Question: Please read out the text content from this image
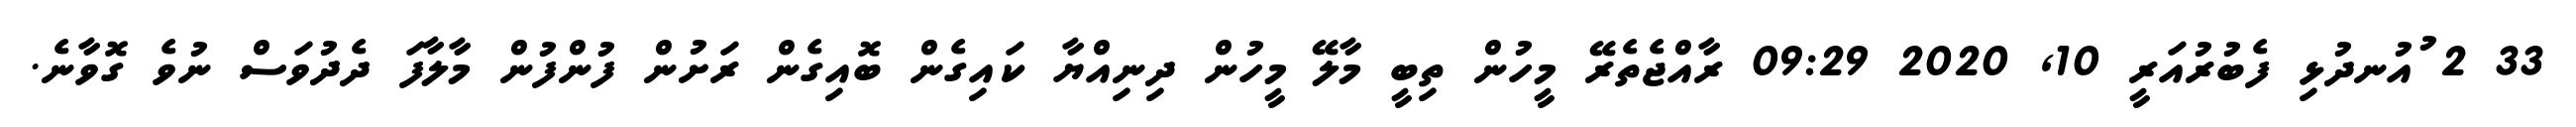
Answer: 33 2 ުއުނދުޅި ފެބުރުއަރީ 10, 2020 09:29 ރާއްޖެތެރޭ މީހުން ތިބީ މާލޭ މީހުން ދިނިއްޔާ ކައިގެން ބޮއިގެން ރަށުން ފުންފުން މާލާފަ ދެދުވަސް ނުވެ ގޮވާނެ.